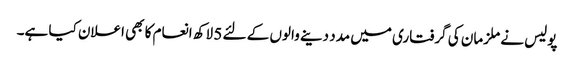
پولیس نے ملزمان کی گرفتاری میں مدد دینے والوں کے لئے 5 لاکھ انعام کا بھی اعلان کیا ہے۔